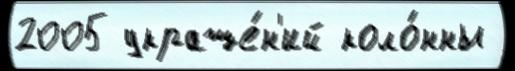
2005 украше́н'ий коло́нны